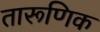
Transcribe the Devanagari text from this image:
तारूणिक